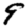
Digit: 9